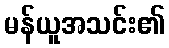
မန်ယူအသင်း၏